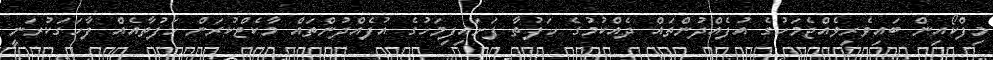
މިފްކޯއިން ބައިވެރިވެއްޖެމަހުގެ އުފެއްދުންތައް ދެއްކުމުގެ ހަފުތާ ފަށައިފިމަހުގެ އުފެއްދުންތައް މާކެޓްކުރަން ހަފުތާއެއް ފާހަގަކުރަނީ